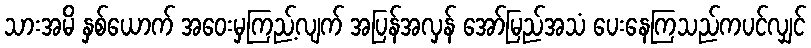
သားအမိ နှစ်ယောက် အဝေးမှကြည့်လျက် အပြန်အလှန် အော်မြည်အသံ ပေးနေကြသည်ကပင်လျှင်